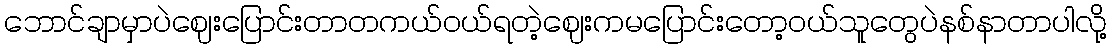
ဘောင်ချာမှာပဲဈေးပြောင်းတာတကယ်ဝယ်ရတဲ့ဈေးကမပြောင်းတော့ဝယ်သူတွေပဲနစ်နာတာပါလို့